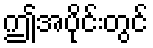
ဤအပိုင်းတွင်